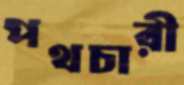
পথচারী